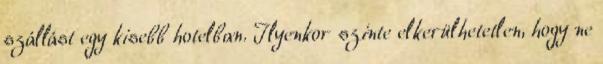
szállást egy kisebb hotelban. Ilyenkor szinte elkerülhetetlen, hogy ne